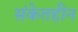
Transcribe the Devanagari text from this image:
संकेतहीन